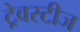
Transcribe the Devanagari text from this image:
ट्रेवस्टीज